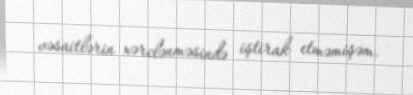
vəsaitlərin xərclənməsində iştirak etməmişəm.